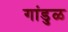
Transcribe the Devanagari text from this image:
गांडुळ